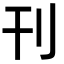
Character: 刊